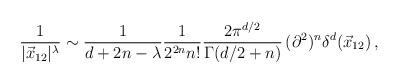
LaTeX: \begin{align*}\frac{1}{|\vec{x}_{12}|^{\lambda}} \sim \frac{1}{d + 2n - \lambda}\frac{1}{2^{2n} n! } \frac{2 \pi^{d/2}}{\Gamma(d/2+n)} \, (\partial^2)^n\delta^d (\vec{x}_{12}) \, , \end{align*}